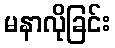
မနာလိုခြင်း